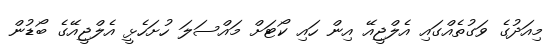
މިއަދުގެ ވަގުތެއްގައި އެލްޖީއޭ އިން ހައި ކޯޓަށް މައްސަލަ ހުށަހެޅީ އެލްޖީއޭގެ ބޯޑުން